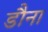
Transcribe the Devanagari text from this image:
डौना